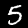
Digit: 5